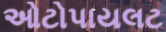
ઓટોપાયલટ